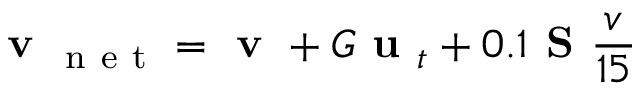
\textbf { v } _ { \mathrm { ~ n ~ e ~ t ~ } } = \textbf { v } + G \textbf { u } _ { t } + 0 . 1 \textbf { S } \frac { v } { 1 5 }